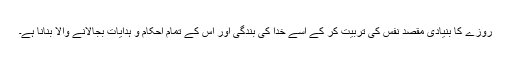
روزے کا بنیادی مقصد نفس کی تربیت کر کے اسے خدا کی بندگی اور اس کے تمام احکام و ہدایات بجالانے والا بنانا ہے۔